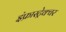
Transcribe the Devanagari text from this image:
इंफ्रास्ट्रेक्चर